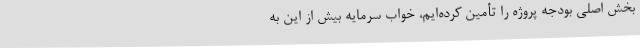
بخش اصلی بودجه پروژه را تأمین کرده‌ایم، خواب سرمایه بیش از این به